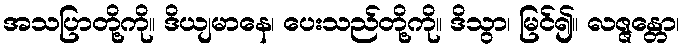
အသပြာတို့ကို။ ဒိယျမာနေ၊ ပေးသည်တို့ကို။ ဒိသွာ၊ မြင်၍။ လဇ္ဇန္တော၊